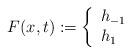
LaTeX: \begin{align*} F (x,t) :=\left\{ \begin{array}{ll}h_{-1} & \\h_1 & \end{array} \right.\end{align*}